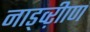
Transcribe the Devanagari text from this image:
नाड्व्ऱीाण